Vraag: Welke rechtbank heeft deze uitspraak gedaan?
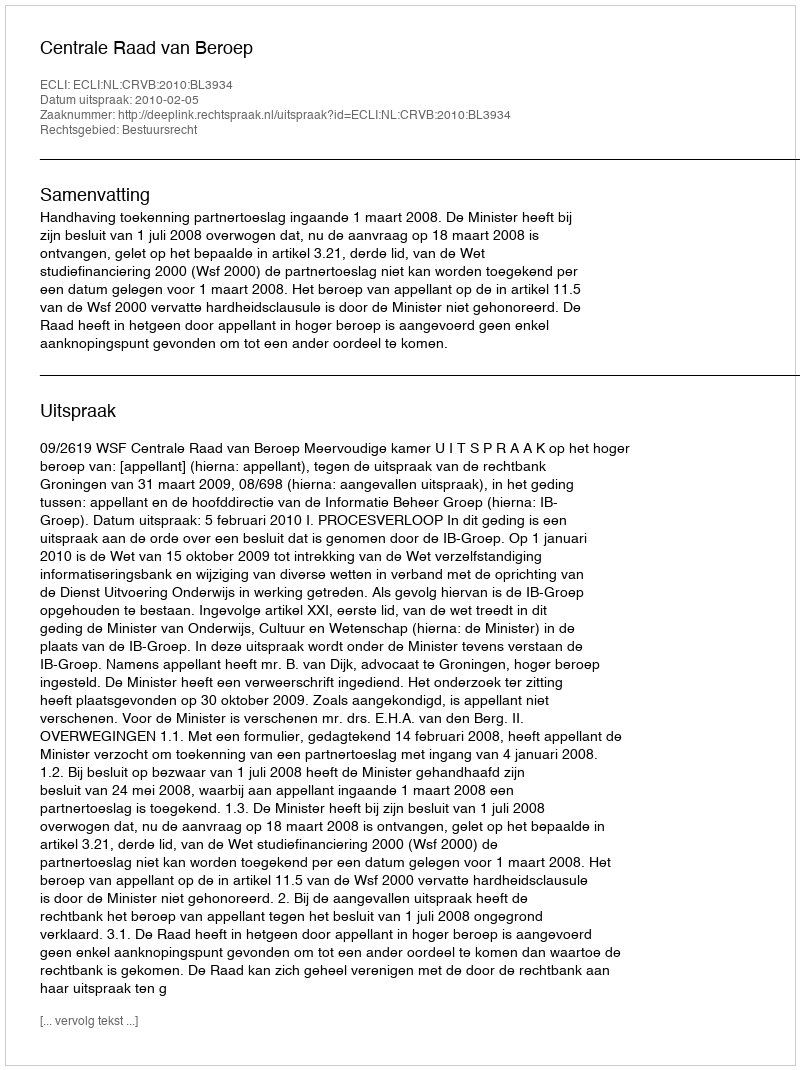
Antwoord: Centrale Raad van Beroep